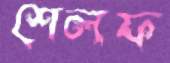
শেলফ